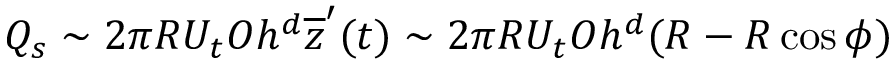
Q _ { s } \sim 2 \pi R U _ { t } O h ^ { d } \overline { { z } } ^ { \prime } ( t ) \sim 2 \pi R U _ { t } O h ^ { d } ( R - R \cos \phi )